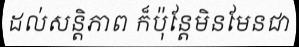
ដល់សន្តិភាព ក៏ប៉ុន្តែមិនមែនជា